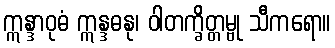
ဣန္ဒာဝုဓံ ဣန္ဒဓနု၊ ဝါတက္ခိတ္တမ္ဗု သီကရော။